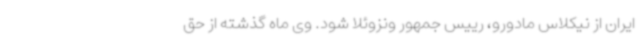
ایران از نیکلاس مادورو، رییس جمهور ونزوئلا شود. وی ماه گذشته از حق